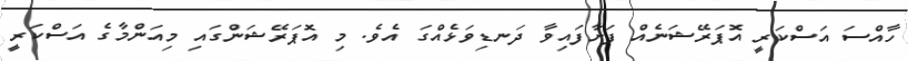
ހާއްސަ އަސްކަރީ އޮޕަރޭޝަނެއް ފަށާފައިވާ ދަނޑިވަޅެއްގަ އެވެ. މި އޮޕަރޭޝަންގައި މިއަންމާގެ އަސްކަރީ